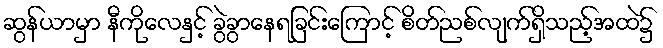
ဆွန်ယာမှာ နီကိုလေနှင့် ခွဲခွာနေရခြင်းကြောင့် စိတ်ညစ်လျက်ရှိသည့်အထဲ၌